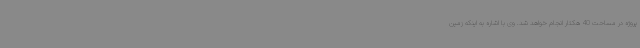
پروژه در مساحت 40 هکتار انجام خواهد شد. وی با اشاره به اینکه زمین